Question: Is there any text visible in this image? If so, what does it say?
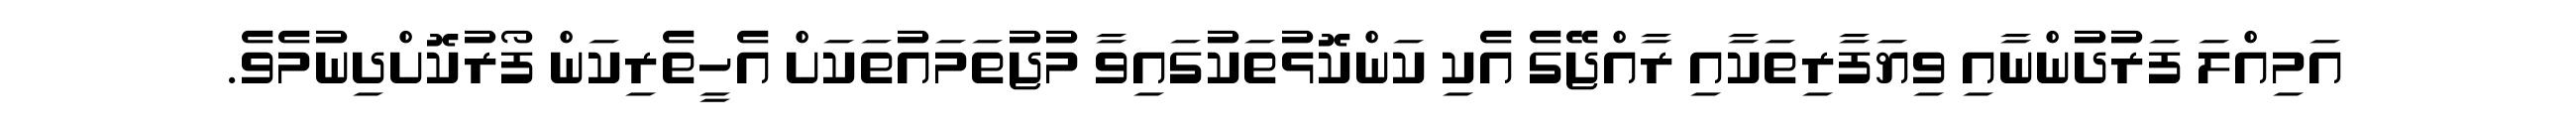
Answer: އަމިއްލަ ފަރުދުންނާއި ވިޔަފާރިތަކާއި ރާއްޖޭގެ އެކި ކަންކޮޅުތަކުގައިވާ މުޖުތަމައުތަކަށް އެހީތެރިކަން ފޯރުކޮށްދިނުމެވެ.